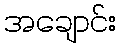
အချောင်း